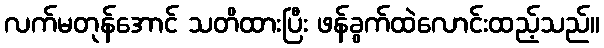
လက်မတုန်အောင် သတိထားပြီး ဖန်ခွက်ထဲလောင်းထည့်သည်။